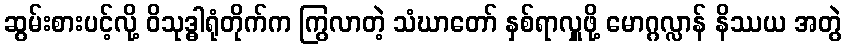
ဆွမ်းစားပင့်လို့ ဝိသုဒ္ဓါရုံတိုက်က ကြွလာတဲ့ သံဃာတော် နှစ်ရာလှူဖို့ မောဂ္ဂလ္လာန် နိဿယ အတွဲ